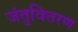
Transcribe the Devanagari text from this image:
जंतुवितरण